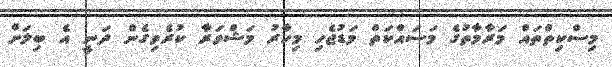
މިސްކިތްތައް މަރާމާތުގެ މަސައްކަތް މަޑުޖެހި މިހާރު މަޝްވަރާ ކުރެވިގެން ދަނީ އެ ބިލަށް